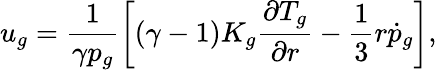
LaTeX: u_{g}=\frac{1}{\gamma p_{g}}\left[\left(\gamma-1\right)K_{g}\frac{\partial T_{g}}{\partial r}-\frac{1}{3}r\dot{p}_{g}\right],